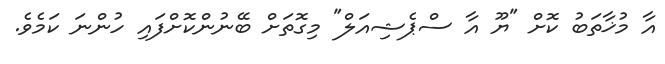
އާ މުޚާތަބު ކޮށް "ޔޫ އާ ސްޕެޝިއަލް" މިގޮތަށް ބޭނުންކޮށްފައި ހުންނަ ކަމެވެ.